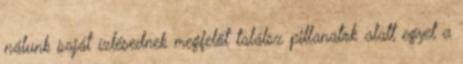
nálunk saját ízlésednek megfelőt találsz pillanatok alatt egyet a